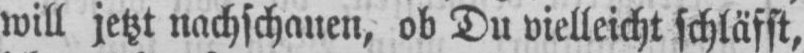
will jetzt nachschauen, ob Du vielleicht schläfst,